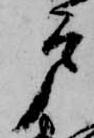
戸